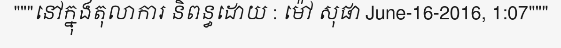
"""នៅក្នុងតុលាការ និពន្ធដោយ : ម៉ៅ សុផា June-16-2016, 1:07"""